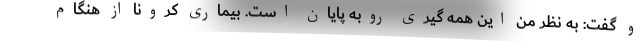
و گفت: به نظر من این همه گیری روبه پایان است. بیماری کرونا از هنگام